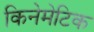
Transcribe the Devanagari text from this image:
किनेमेटिक